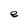
Character: e